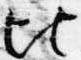
比